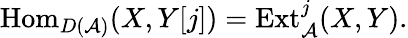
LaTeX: {\mathrm{Hom}}_{D({\mathcal{A}})}(X,Y[j])={\mathrm{Ext}}_{\mathcal{A}}^{j}(X,Y).